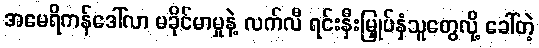
အမေရိကန်ဒေါ်လာ မခိုင်မာမှုနဲ့ လက်လီ ရင်းနှီးမြှုပ်နှံသူတွေလို့ ခေါ်တဲ့